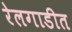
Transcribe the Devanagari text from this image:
रेलगाडीत